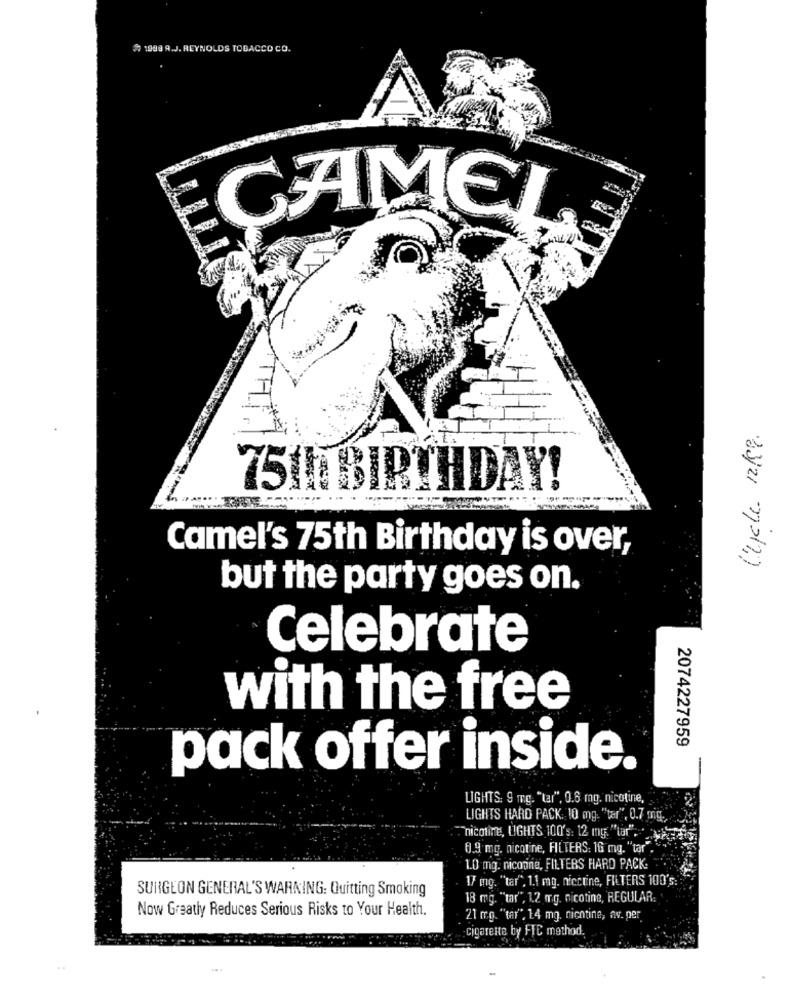
1998 A.J. REYNOLDS TOBACCO CO.
ECAMEL
Cycle 12kg.
75th BIRTHDAY!
Camel's 75th Birthday is over,
but the party goes on.
Celebrate
with the free
2074227959
pack offer inside.
LIGHTS: 9 mg. "tar", 0.6 mg. nicotine,
LIGHTS HARD PACK. 10 mg. "tar", 0.7 mig.
nicotine, LIGHTS 100's: 12 mg. ""tar"."
0.9 mg. nicotine, FILTERS: 16 mg. "tar".
1.0 mg. nicotine, FILTERS HARD PACK
1/ mg. "tar", 1.1 mg. nicctine, FILTERS 100's:
SURGEON GENERAL'S WARNING: Quitting Smoking
18 mg. "tar", 1.2 mg. nicotine, REGULAR:
Now Greatly Reduces Serious Risks to Your Health.
21 mg. "tar", 14 mg. nichtina, av. per
cigarette by FIC method.